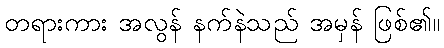
တရားကား အလွန် နက်နဲသည် အမှန် ဖြစ်၏။